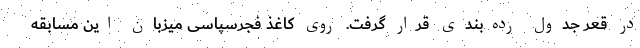
در قعر جدول رده‌بندی قرار گرفت. روی کاغذ فجرسپاسی میزبان این مسابقه